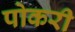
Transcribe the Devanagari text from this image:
पोकरी